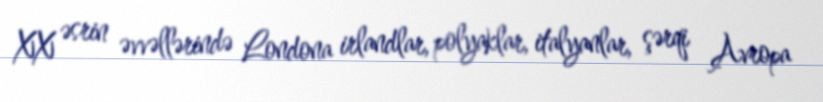
XX əsrin əvvəllərində Londona irlandlar, polyaklar, italyanlar, şərqi Avropa